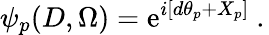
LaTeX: \left.\psi_{p}(D,\Omega)=\mathrm{e}^{i\left[d\theta_{p}+X_{p}\right]}\ .\right.